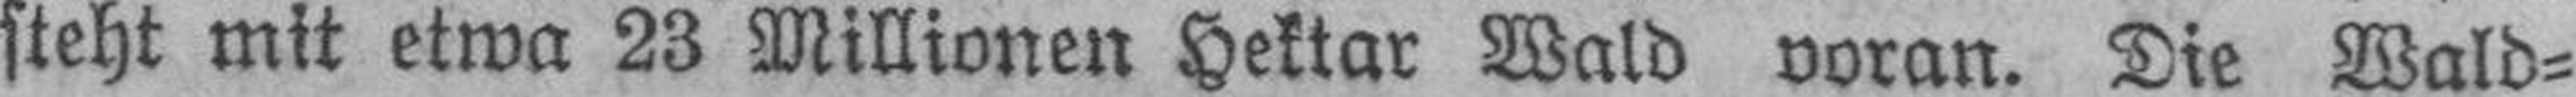
steht mit etwa 23 Millionen Hektar Wald voran. Die Wald¬